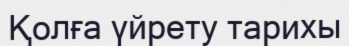
Қолға үйрету тарихы